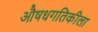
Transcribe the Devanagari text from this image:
औषधगतिकीला